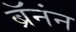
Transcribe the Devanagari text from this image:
ब्रॅनंन